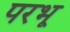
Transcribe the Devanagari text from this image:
परभू